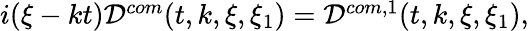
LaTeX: \begin{array}{r}{i(\xi-kt)\mathcal{D}^{com}(t,k,\xi,\xi_{1})=\mathcal{D}^{com,1}(t,k,\xi,\xi_{1}),}\end{array}